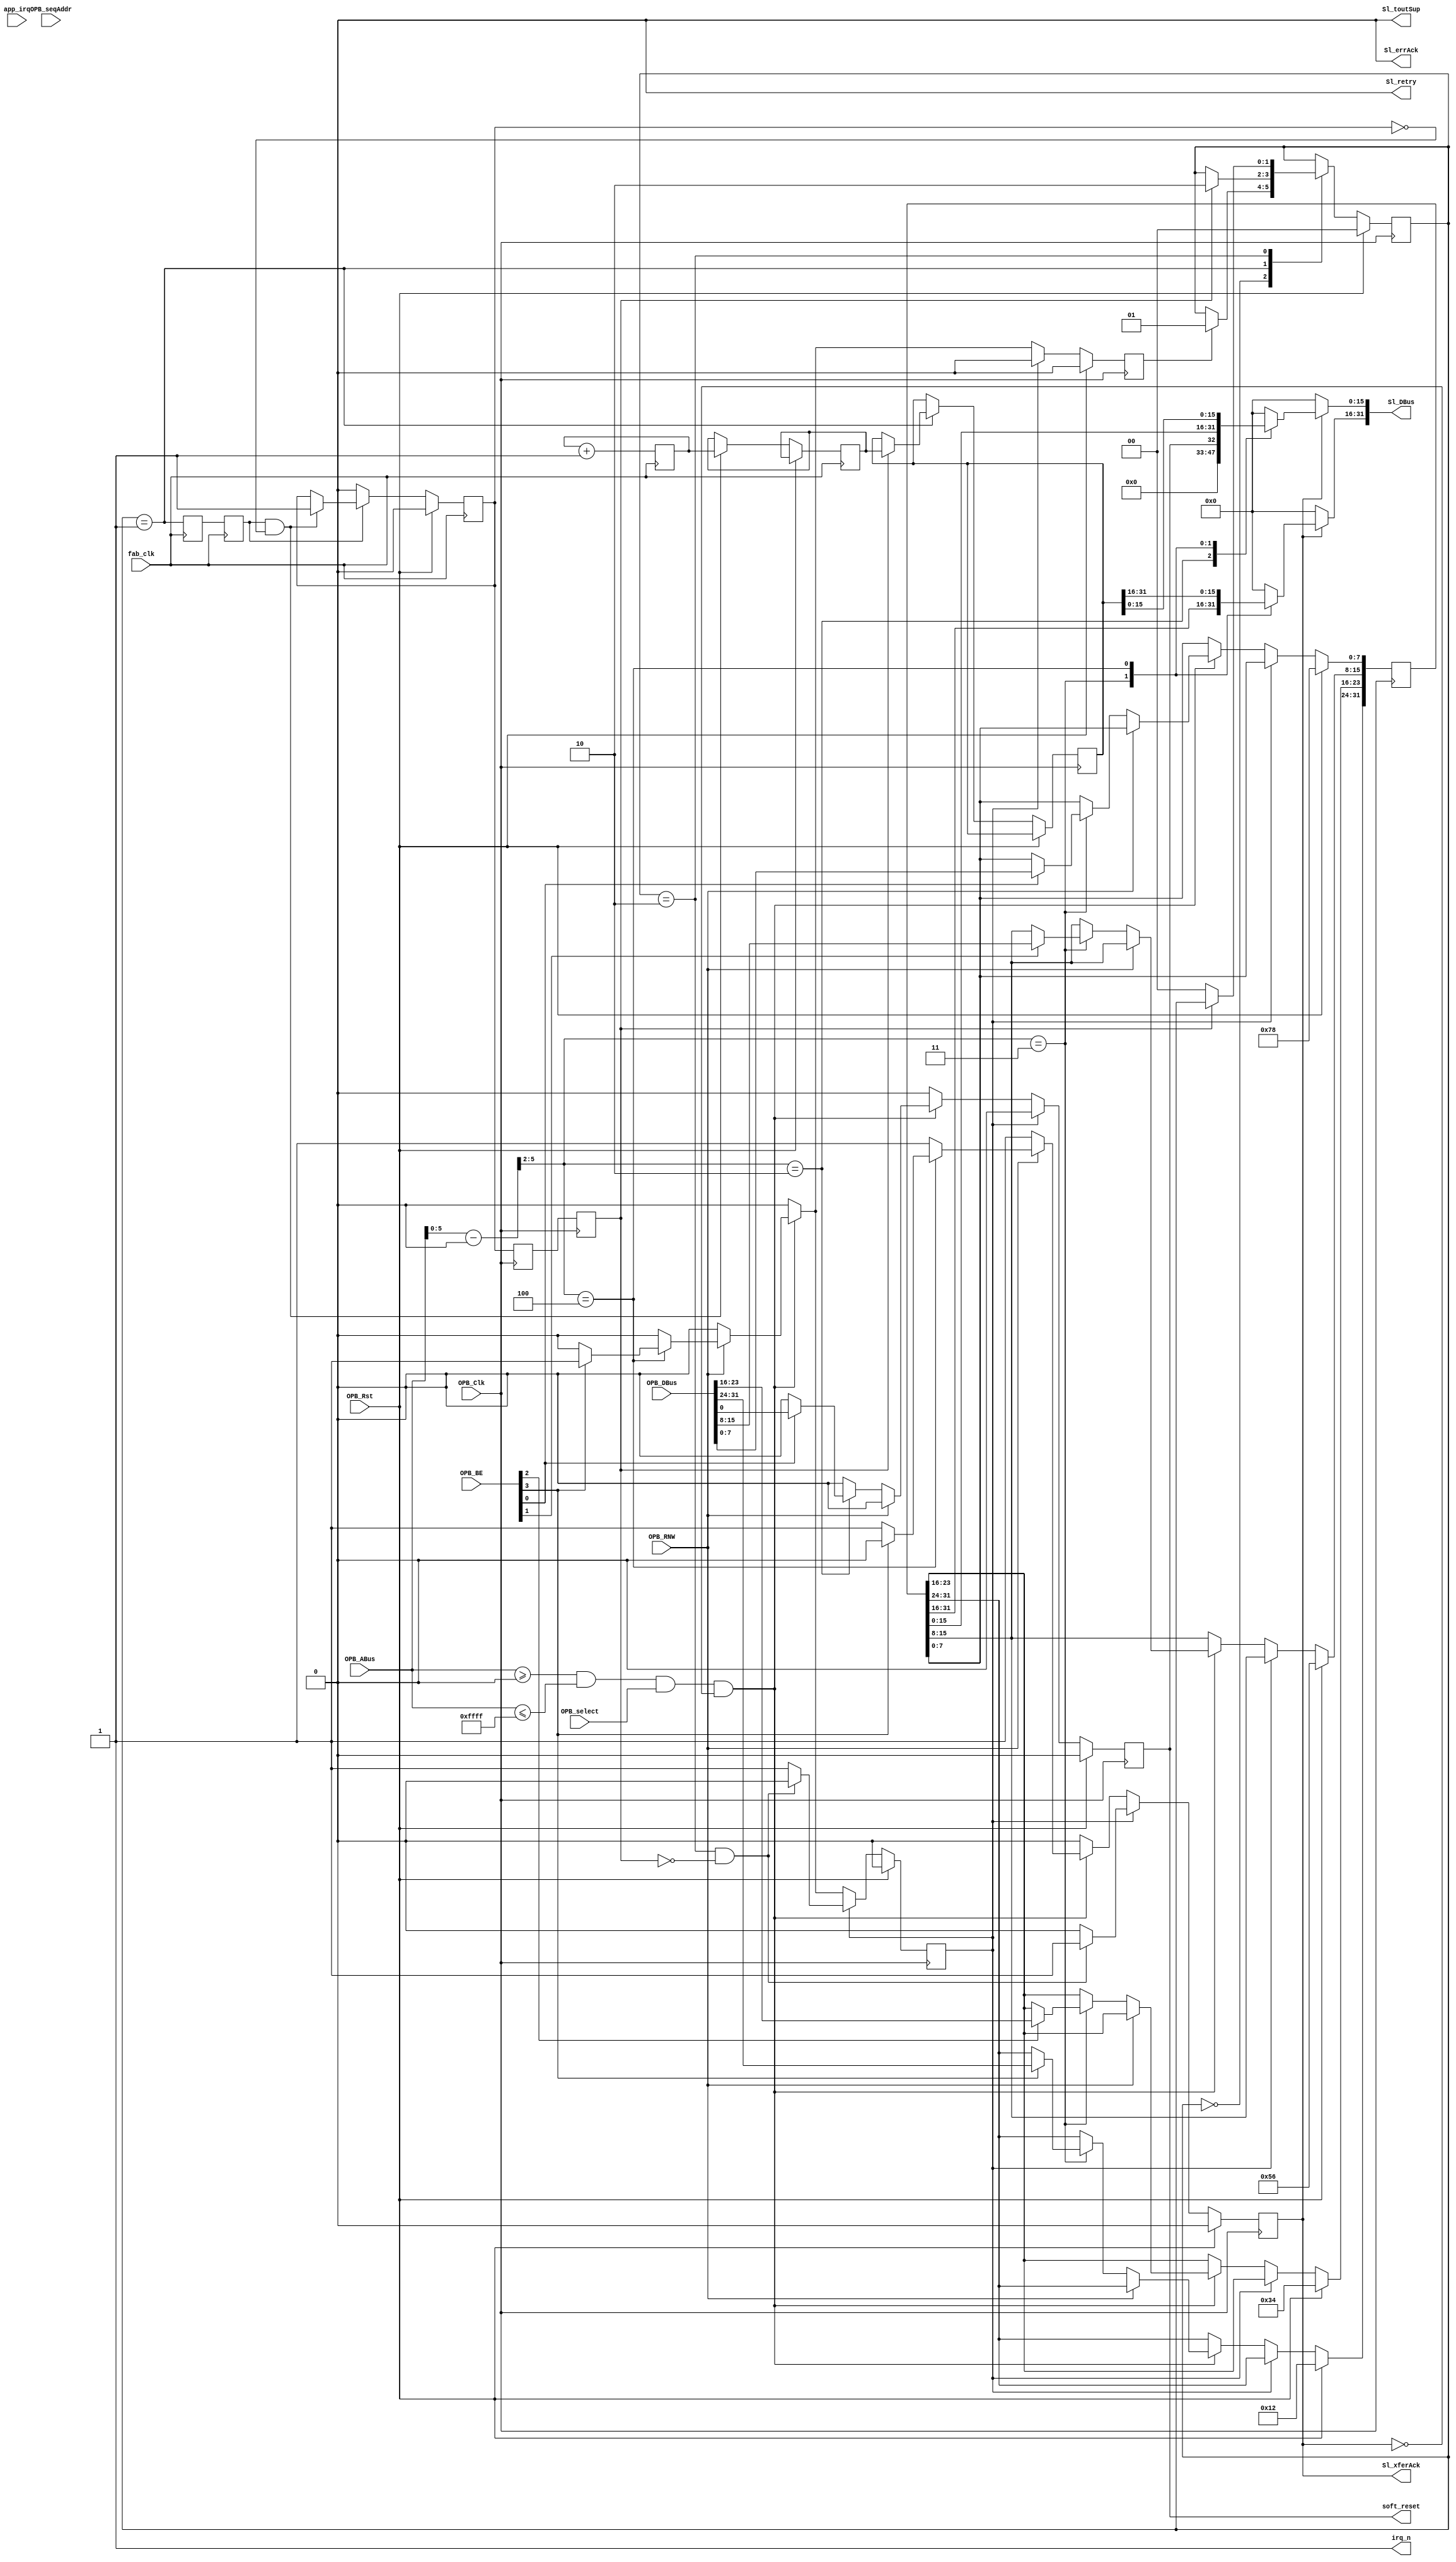
module sys_block(
    OPB_Clk,
    OPB_Rst,
    Sl_DBus,
    Sl_errAck,
    Sl_retry,
    Sl_toutSup,
    Sl_xferAck,
    OPB_ABus,
    OPB_BE,
    OPB_DBus,
    OPB_RNW,
    OPB_select,
    OPB_seqAddr,

    soft_reset,
    irq_n,
    app_irq,
    fab_clk
  );
  parameter BOARD_ID     = 16'b0;
  parameter REV_MAJOR    = 16'b0;
  parameter REV_MINOR    = 16'b0;
  parameter REV_RCS      = 16'b0;
  parameter RCS_UPTODATE = 16'b0;
  parameter C_BASEADDR   = 32'h00000000;
  parameter C_HIGHADDR   = 32'h0000FFFF;
  parameter C_OPB_AWIDTH = 0;
  parameter C_OPB_DWIDTH = 0;

  input  OPB_Clk, OPB_Rst;
  output [0:31] Sl_DBus;
  output Sl_errAck;
  output Sl_retry;
  output Sl_toutSup;
  output Sl_xferAck;
  input  [0:31] OPB_ABus;
  input  [0:3]  OPB_BE;
  input  [0:31] OPB_DBus;
  input  OPB_RNW;
  input  OPB_select;
  input  OPB_seqAddr;

  output soft_reset;
  output irq_n;
  input  [15:0] app_irq;
  input  fab_clk;

  assign Sl_toutSup = 1'b0;
  assign Sl_retry   = 1'b0;
  assign Sl_errAck  = 1'b0;

  reg Sl_xferAck;
  reg soft_reset;

  reg [0:31] scratch_pad;

  reg [0:31] fab_clk_counter_latched;
  reg [0:31] fab_clk_counter;
  reg [0:31] fab_clk_counter_reg;

  wire a_match = OPB_ABus >= C_BASEADDR && OPB_ABus <= C_HIGHADDR;
  wire [31:0] a_trans = OPB_ABus - C_BASEADDR;

  reg bus_wait;
  reg latch_start;
  wire latch_done;

  always @(posedge OPB_Clk) begin
    //single cycle signals
    Sl_xferAck  <= 1'b0;
    soft_reset  <= 1'b0;
    latch_start <= 1'b0;

    if (OPB_Rst) begin
      scratch_pad <= 32'h12345678;
      bus_wait    <= 1'b0;
    end else if (bus_wait) begin
      if (latch_done) begin
        Sl_xferAck <= 1'b1;
        bus_wait   <= 1'b0;
      end
    end else if (a_match && OPB_select && !Sl_xferAck) begin
      Sl_xferAck <= 1'b1;
      if (!OPB_RNW) begin
        case (a_trans[5:2])
          2: begin
            if (OPB_BE[3])
              soft_reset <= OPB_DBus[31];
          end
          3: begin
            if (OPB_BE[0])
              scratch_pad[0:7]   <= OPB_DBus[ 0:7 ];
            if (OPB_BE[1])
              scratch_pad[8:15]  <= OPB_DBus[ 8:15];
            if (OPB_BE[2])
              scratch_pad[16:23] <= OPB_DBus[16:23];
            if (OPB_BE[3])
              scratch_pad[24:31] <= OPB_DBus[24:31];
          end
        endcase
      end else begin /* Read Case */
        case (a_trans[5:2])
          4: begin
            if (OPB_BE[0]) begin
              bus_wait    <= 1'b1;
              Sl_xferAck  <= 1'b0; //don't ack - lazy override
              latch_start <= 1'b1;
            end
          end
        endcase
      end
    end
  end

  reg [0:31] Sl_DBus;

  always @(*) begin
    if (!Sl_xferAck) begin
      Sl_DBus <= 32'b0;
    end else begin
      case (a_trans[5:2])
        0: begin
          Sl_DBus[ 0:15] <= BOARD_ID;
          Sl_DBus[16:31] <= REV_MAJOR;
        end
        1: begin
          Sl_DBus[ 0:15] <= REV_MINOR;
          Sl_DBus[16:31] <= REV_RCS;
        end
        2: begin
          Sl_DBus[ 0:15] <= {15'b0, RCS_UPTODATE};
          Sl_DBus[16:31] <= {15'b0, soft_reset};
        end
        3: begin
          Sl_DBus <= scratch_pad;
        end
        4: begin
          Sl_DBus <= fab_clk_counter_latched;
        end
        default: begin
          Sl_DBus <= 32'd0;
        end
      endcase
    end
  end

  /* TODO: implement IRQ chain */

  assign irq_n = 1'b1;

  /* handshake signals */
  reg val_got;
  reg val_gotR, val_gotRR;
  wire val_req;
  reg val_reqR, val_reqRR;
  reg got_wait;

  reg [1:0] latch_state;
  localparam LATCH_IDLE  = 2'd0;
  localparam LATCH_REQ   = 2'd1;
  localparam LATCH_WAIT  = 2'd2;

  always @(posedge OPB_Clk) begin
    val_gotR  <= val_got;
    val_gotRR <= val_gotR;

    if (OPB_Rst) begin
      latch_state <= LATCH_IDLE;
    end else begin
      case (latch_state)
        LATCH_IDLE: begin
          if (latch_start) begin
            latch_state <= LATCH_REQ;
          end
        end
        LATCH_REQ: begin
          if (val_gotRR) begin
            latch_state <= LATCH_WAIT;
            fab_clk_counter_latched <= fab_clk_counter_reg;
          end
        end
        LATCH_WAIT: begin
          if (!val_gotRR) begin
            latch_state <= LATCH_IDLE;
          end
        end
      endcase
    end
  end
  assign latch_done = latch_state == LATCH_WAIT && !val_gotRR;

  assign val_req = latch_state == LATCH_REQ;
  always @(posedge fab_clk) begin
    val_reqR  <= val_req;
    val_reqRR <= val_reqR;
    fab_clk_counter <= fab_clk_counter + 1;

    if (OPB_Rst) begin
      val_got <= 1'b0;
    end else begin
      if (val_reqRR && !val_got) begin
        fab_clk_counter_reg <= fab_clk_counter;
        val_got <= 1'b1;
      end 
      if (!val_reqRR) begin
        val_got <= 1'b0;
      end 
    end
  end

endmodule